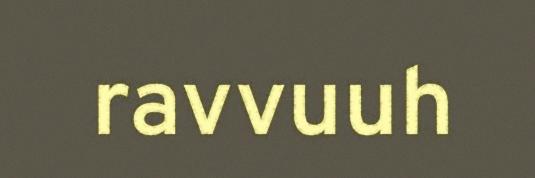
ravvuuh